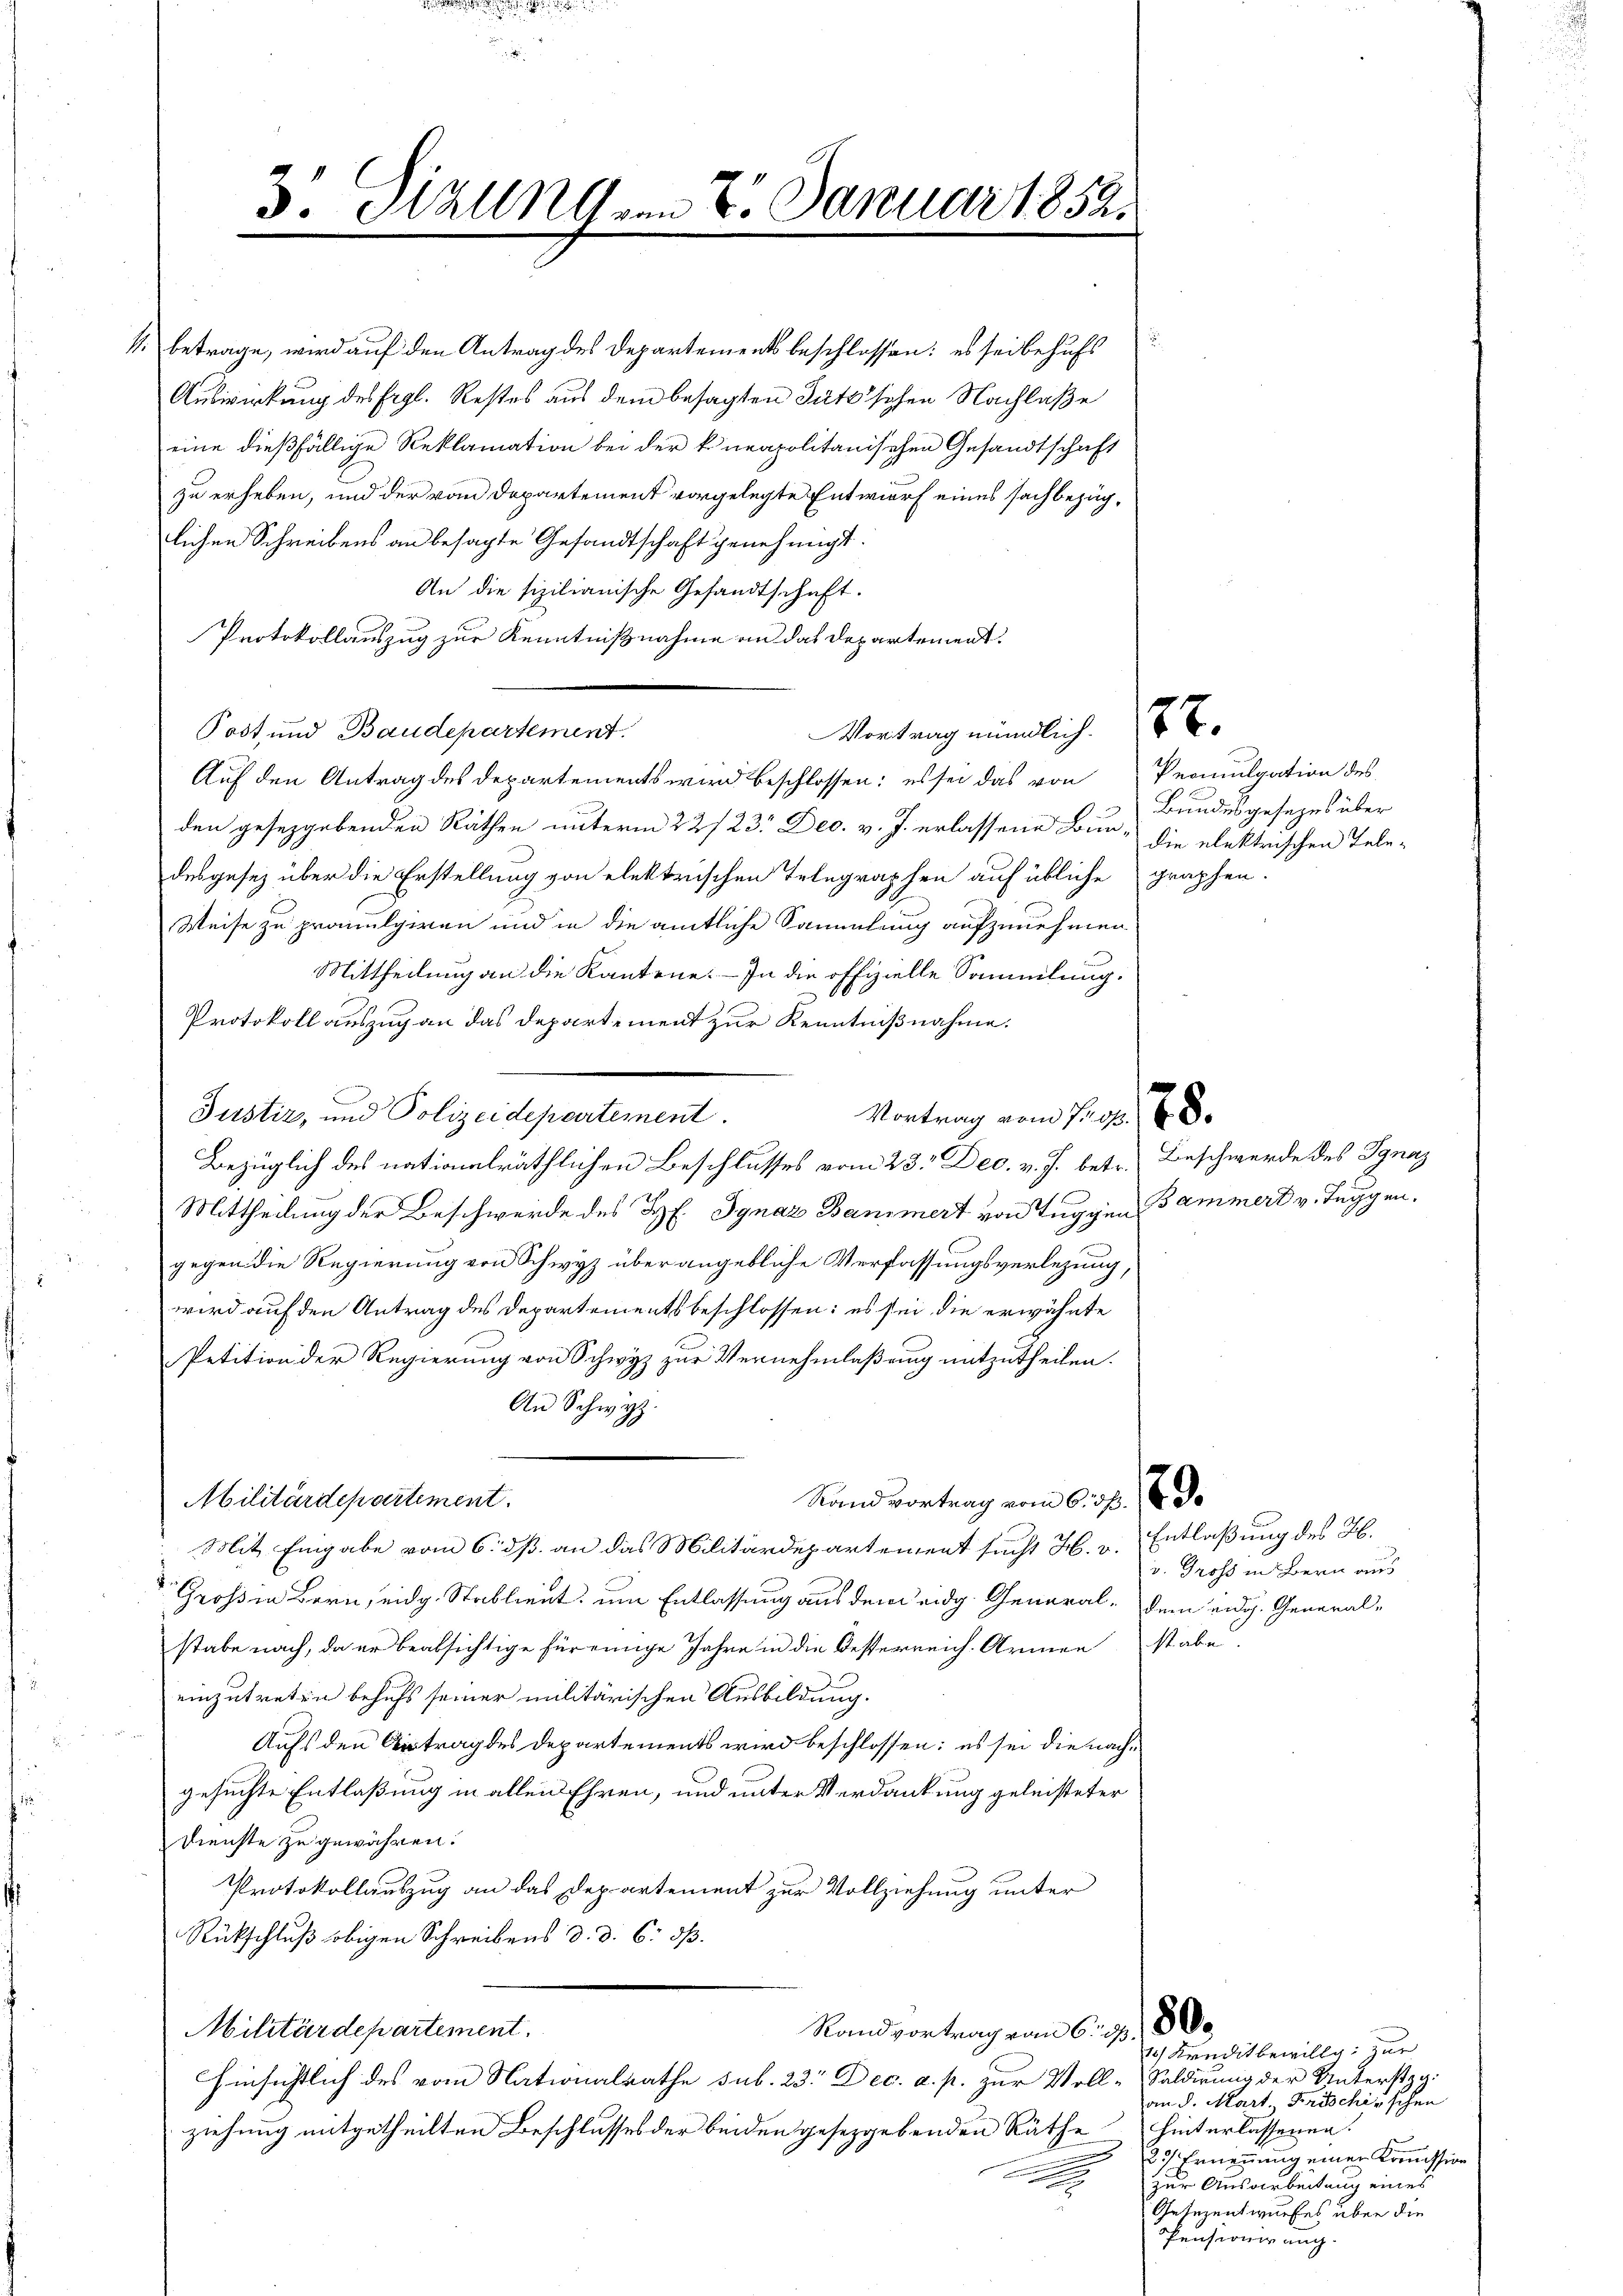
3. Hall vom 8. Januar 1852.

11. betrage, wird auf den Antrag des Departements beschlossen: es sei behufs
Auswirkung des Ergl. Restes aus dem besagten Satz’schen Nachlaße
eine dießfällige Reklamation bei der kneapolitanischen Gesandtschaft
zu erheben, und der vom Departement vorgelegte Entwurf eines sachbezüglichen Schreibens an besagte Gesandtschaft genehmigt.
An die sizilianische Gesandtschaft.
Protokollauszug zur Kenntnißnahme an das Departement.
Post und Baudepartement.
Auf den Antrag des Departements wird beschlossen: es sei das von Promulgation des
den gesetzgebenden Räthen unterm 22/23. Dec. v. J. erlassene Bur- die elektrischen Teledesgesez über die Erstellung von elektrischen Telegraphen auf übliche graphen-
Weise zu promulgiren und in die amtliche Sammlung aufzunehmen
Mittheilung an die Kantone. - In die offizielle Sammlung.
Protokoll auszug an das Departement zur Kenntnißnahme.
Vortrag vom 12. 178.
Bezüglich des nationalräthlichen Beschlusses vom 23. Dec. v. J. betr. Beschwerde des Ignaz
Mittheilung der Beschwerde des H. Ignaz Bammert von Tuggen Bammert v. Tuggengegen die Regierung von Schwyz über angebliche Verfassungsverlegung,
wird auf den Antrag des Departementsbeschlossen: es sei die erwähnte
Petition der Regierung von Schwyz zur Vernehmlaßung mitzutheilen.
An Schwyz.
Militärdepartiment.
Rand vortrag vom 6. d. 8. 9.
Mit Eingabe vom 6. dß. an das Militärdepartement sucht H. v. Entlaßung des Jb.
Großen Bern, eidg. Stablient, um Entlassung aus dem eidg. General- dem eidg. General-
stabe nach, da er beabsichtige für einge Jahre in die Oesterreich. Armen stabe.
einzutreten behufs seiner militärischen Ausbildung.
Aufs den Antrag des Departements wird beschlossen: es sei die nachgesuchte Entlaßung in allen Ehren, und unter Verdankung geleisteter
Dienste zu gewähren.
Protokollauszug an das Departement zur Vollziehung unter
Rückschluß obigen Schreibens d. d. 6. dß.
Militärdepartement.
Randvortrag von 6. 978 de
hinsichtlich des vom Nationalrathe sub. 23. Dec. a. p. zur Voll-Saldirung der Unterstzg.
ziehung mitgetheilten Beschlusses der beiden gesetzgebenden Räthe
.

Justiz, und Polizeidepartement.

Vortrag mündlich.

Bundesgesezes über

v. Gross in Bern aus

10 Kreditbewillg zur
an 8. Mart. Frischirschen
hinterlassenen.
27 Ernennung einer Kommission.
zur Ausarbeitung eines
Gesezentwurfes über die
Pensionirung